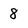
Character: 8